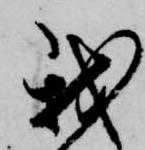
我